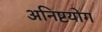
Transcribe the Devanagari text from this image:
अनिष्टयोग